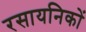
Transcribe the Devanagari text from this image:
रसायनिकों